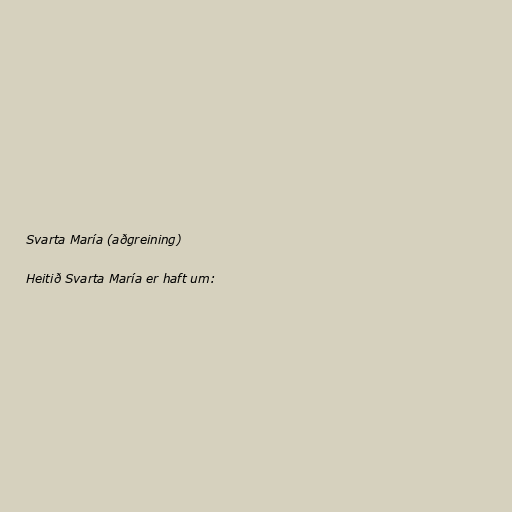
Svarta María (aðgreining)

Heitið Svarta María er haft um: